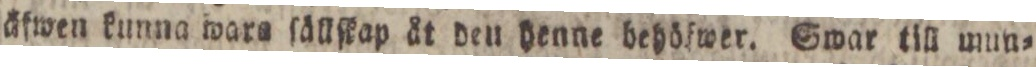
äfwen kunna wars ſällſkap åt den denne behölwer. Swar till mun=